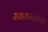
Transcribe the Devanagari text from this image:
स्पायग्लास